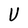
Character: U